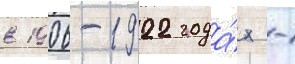
в 1906-1922 года́х -